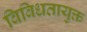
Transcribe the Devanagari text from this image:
विविधतायुक्त